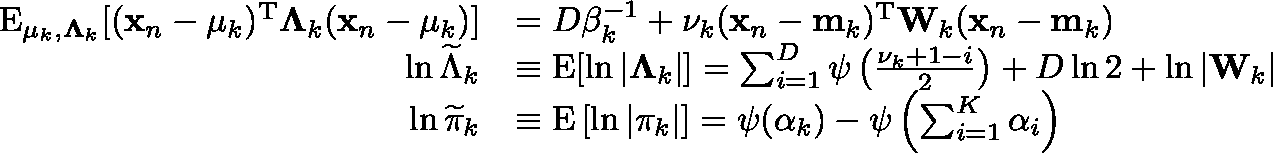
{ \begin{array} { r l } { \operatorname { E } _ { \mathbf { \mu } _ { k } , \mathbf { \Lambda } _ { k } } [ ( \mathbf { x } _ { n } - \mathbf { \mu } _ { k } ) ^ { \mathrm { { T } } } \mathbf { \Lambda } _ { k } ( \mathbf { x } _ { n } - \mathbf { \mu } _ { k } ) ] } & { = D \beta _ { k } ^ { - 1 } + \nu _ { k } ( \mathbf { x } _ { n } - \mathbf { m } _ { k } ) ^ { \mathrm { { T } } } \mathbf { W } _ { k } ( \mathbf { x } _ { n } - \mathbf { m } _ { k } ) } \\ { \ln { \widetilde { \Lambda } } _ { k } } & { \equiv \operatorname { E } [ \ln | \mathbf { \Lambda } _ { k } | ] = \sum _ { i = 1 } ^ { D } \psi \left( { \frac { \nu _ { k } + 1 - i } { 2 } } \right) + D \ln 2 + \ln | \mathbf { W } _ { k } | } \\ { \ln { \widetilde { \pi } } _ { k } } & { \equiv \operatorname { E } \left[ \ln | \pi _ { k } | \right] = \psi ( \alpha _ { k } ) - \psi \left( \sum _ { i = 1 } ^ { K } \alpha _ { i } \right) } \end{array} }